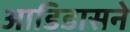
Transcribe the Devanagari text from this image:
आडिडासने